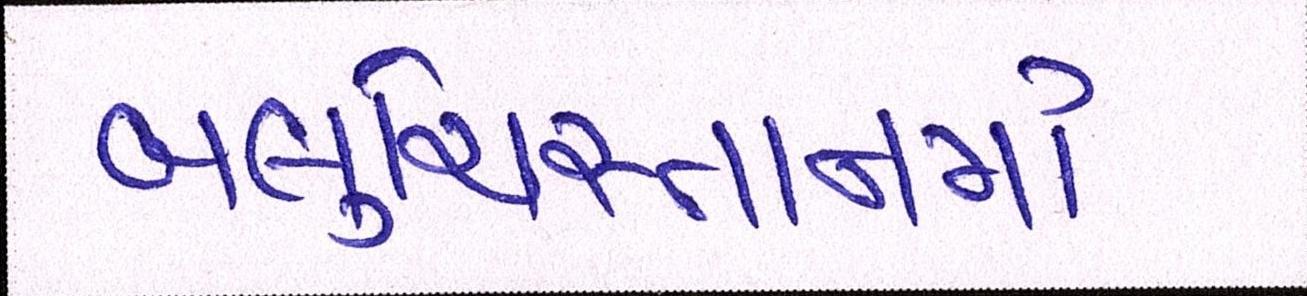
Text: બલુચિસ્તાનમાં